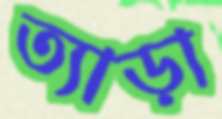
ত্যাড়া